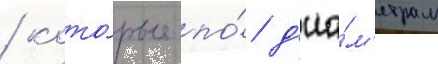
/ кото́рые по́ д'иа́м'етрам